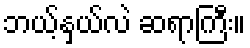
ဘယ့်နှယ်လဲ ဆရာကြီး။